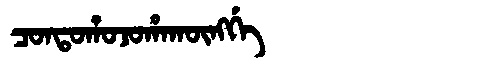
Manchu: ᠴᠣᠨᡨᠣᡥᠣᠵᠣᡥᠠᡴᡡᠩᡤᡝ
Romanization: CONTOHOJOHAKŪNGGE